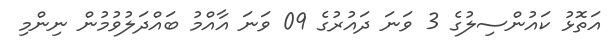
އަތޮޅު ކައުންސިލުގެ 3 ވަނަ ދައުރުގެ 09 ވަނަ އާއްމު ބައްދަލުވުމުން ނިންމި